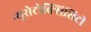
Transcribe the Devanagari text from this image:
न्यूरोटोक्सिसिटी